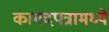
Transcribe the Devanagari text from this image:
कागदपत्रामध्ये